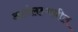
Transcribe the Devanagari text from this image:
आर्यलडमधील